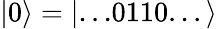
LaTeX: |0\rangle=|...0110...\rangle